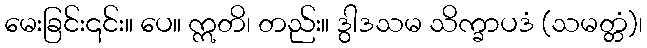
မေးခြင်း၎င်း။ ပေ။ ဣတိ၊ တည်း။ ဒွါဒသမ သိက္ခာပဒံ (သမတ္တံ)၊